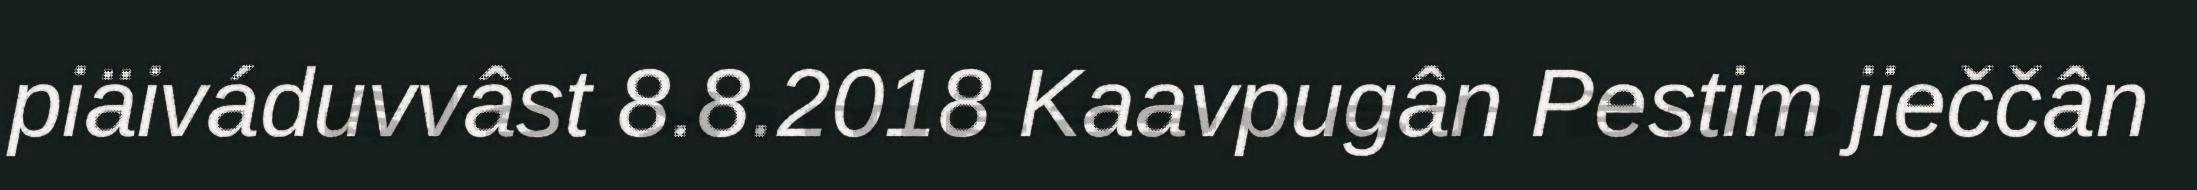
piäiváduvvâst 8.8.2018 Kaavpugân Pestim jieččân